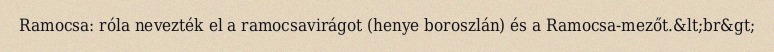
Ramocsa: róla nevezték el a ramocsavirágot (henye boroszlán) és a Ramocsa-mezőt.&lt;br&gt;